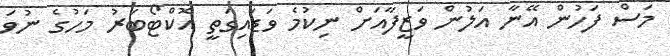
މަސް ފަހުން އޭނާ އަލުން ވަޒީފާއަށް ނިކުމެ ވަޑައިގަތީ އޮކްޓޯބަރު މަހުގެ ނުވަ